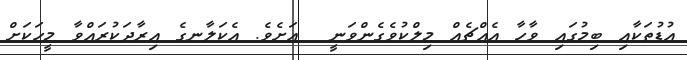
އުޑުތަކާއި ބިމުގައި ވާހާ އެއްޗެއް މިލްކުވެގެންވަނީ  އަށެވެ. އެކަލާނގެ އިރާދަކުރައްވާ މީހަކަށް